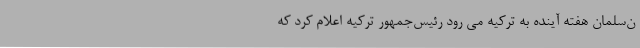
ن‌سلمان هفته آینده به ترکیه می رود رئیس‌جمهور ترکیه اعلام کرد که